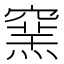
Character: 𥧳